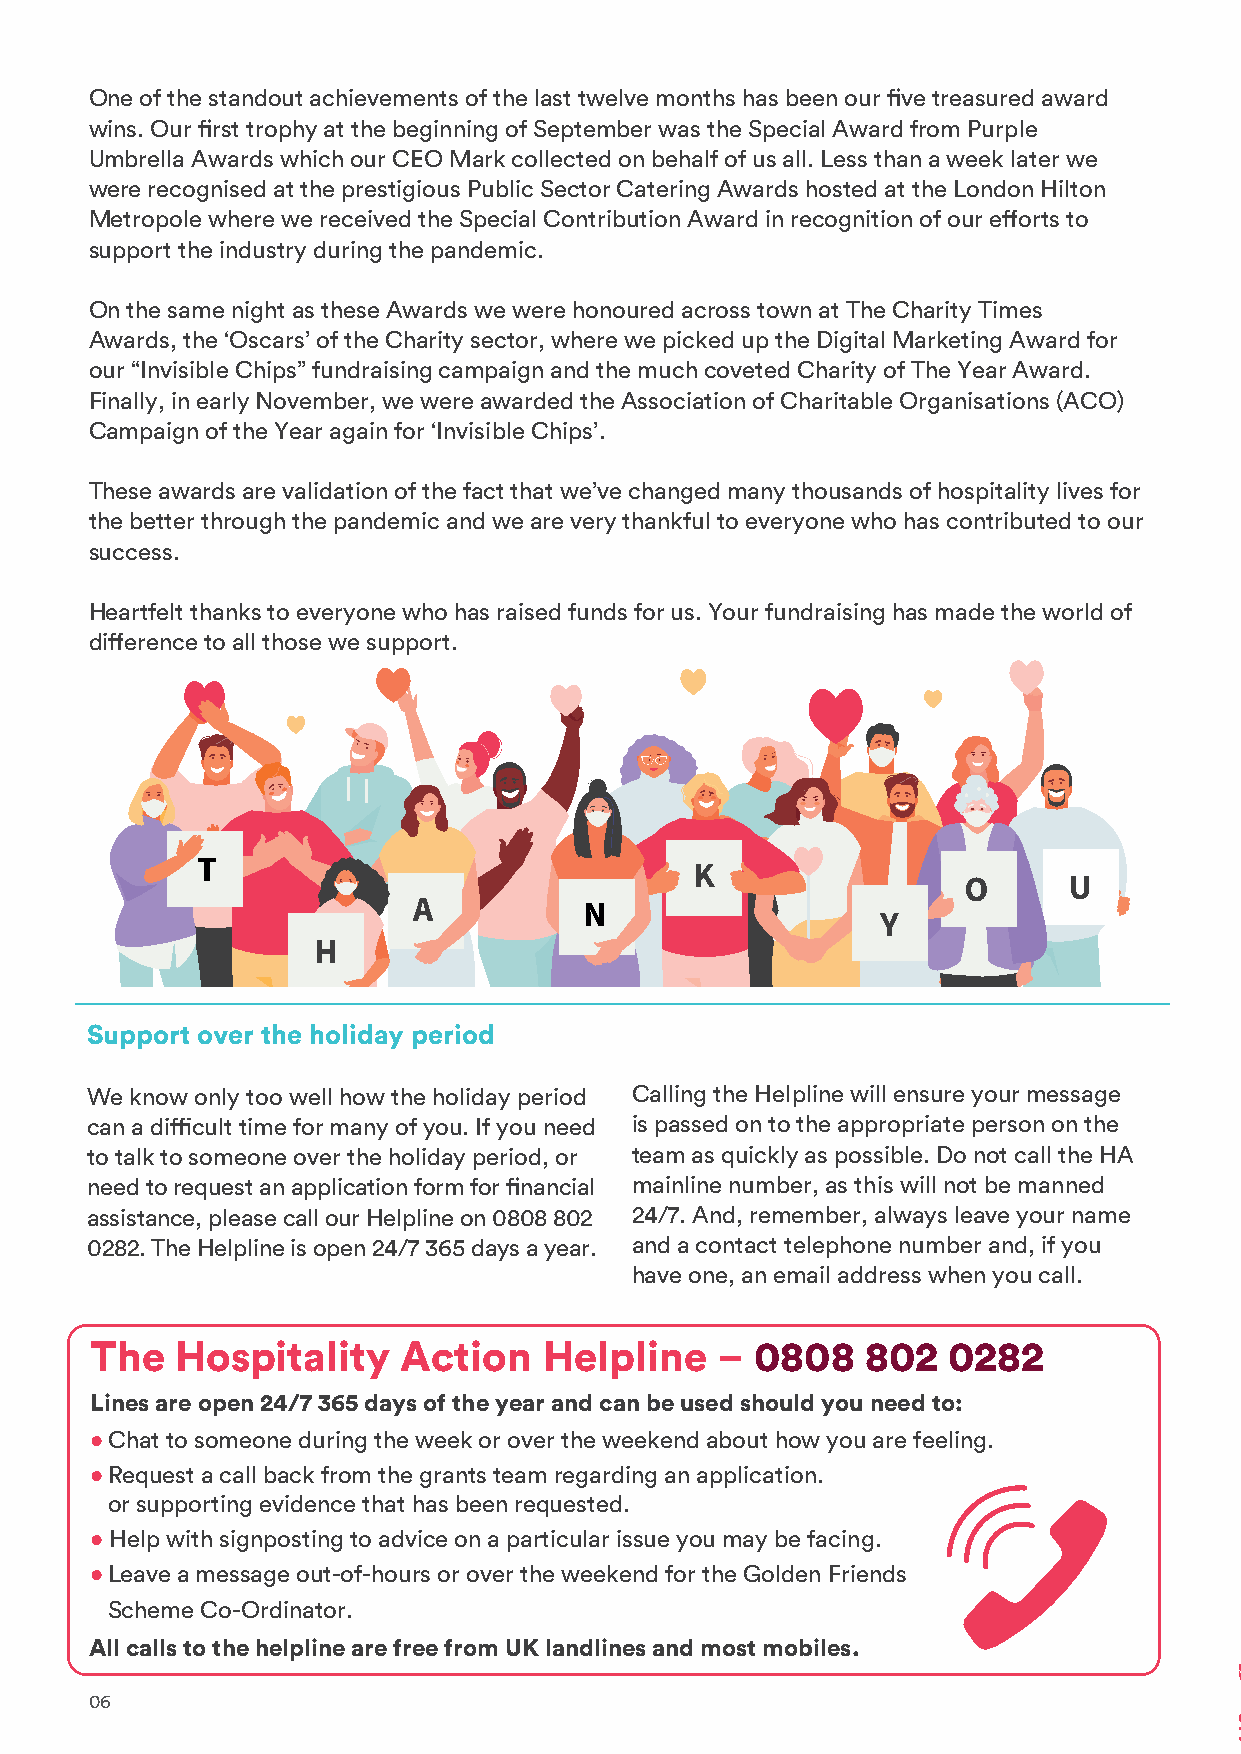
One of the standout achievements of the last twelve months has been our five treasured award
 wins. Our first trophy at the beginning of September was the Special Award from Purple
 Umbrella Awards which our CEO Mark collected on behalf of us all. Less than a week later we
 were recognised at the prestigious Public Sector Catering Awards hosted at the London Hilton
 Metropole where we received the Special Contribution Award in recognition of our efforts to
 support the industry during the pandemic.
 On the same night as these Awards we were honoured across town at The Charity Times
 Awards, the ‘Oscars’ of the Charity sector, where we picked up the Digital Marketing Award for
 our “Invisible Chips” fundraising campaign and the much coveted Charity of The Year Award.
 Finally, in early November, we were awarded the Association of Charitable Organisations (ACO)
 Campaign of the Year again for ‘Invisible Chips’.
 These awards are validation of the fact that we’ve changed many thousands of hospitality lives for
 the better through the pandemic and we are very thankful to everyone who has contributed to our
 success.
 Heartfelt thanks to everyone who has raised funds for us. Your fundraising has made the world of
 difference to all those we support.
 Support over the holiday period
 We know only too well how the holiday period Calling the Helpline will ensure your message
 can a difficult time for many of you. If you need is passed on to the appropriate person on the
 to talk to someone over the holiday period, or team as quickly as possible. Do not call the HA
 need to request an application form for financial mainline number, as this will not be manned
 assistance, please call our Helpline on 0808 802 24/7. And, remember, always leave your name
 0282. The Helpline is open 24/7 365 days a year. and a contact telephone number and, if you
 have one, an email address when you call.
 The   Hospitality    Action   Helpline   –  0808   802   0282
 Lines are open 24/7 365 days of the year and can be used should you need to:
 • Chat to someone during the week or over the weekend about how you are feeling.
 • Request a call back from the grants team regarding an application.
 or supporting evidence that has been requested.
 • Help with signposting to advice on a particular issue you may be facing.
 • Leave a message out-of-hours or over the weekend for the Golden Friends
 Scheme Co-Ordinator.
 All calls to the helpline are free from UK landlines and most mobiles.
 06